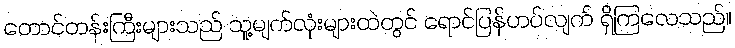
တောင်တန်းကြီးများသည် သူ့မျက်လုံးများထဲတွင် ရောင်ပြန်ဟပ်လျက် ရှိကြလေသည်။